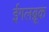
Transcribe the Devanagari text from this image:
ईगलब्रूक